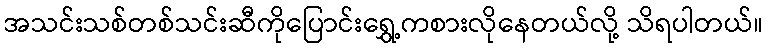
အသင်းသစ်တစ်သင်းဆီကိုပြောင်းရွှေ့ကစားလိုနေတယ်လို့ သိရပါတယ်။